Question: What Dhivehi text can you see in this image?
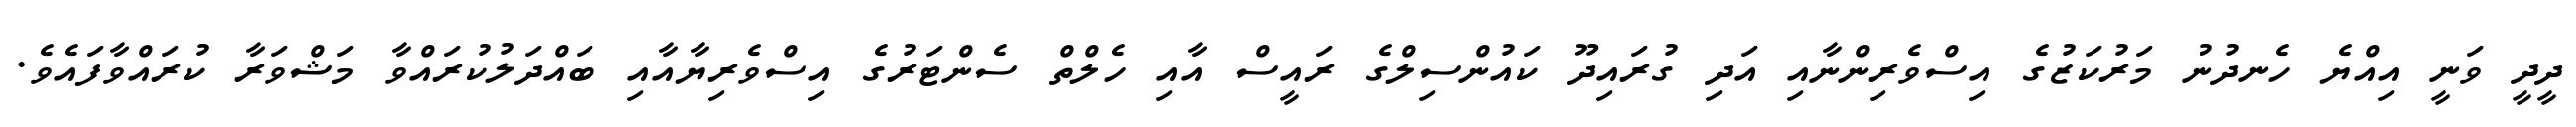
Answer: ދީދީ ވަނީ އިއްޔެ ހެނދުނު މަރުކަޒުގެ އިސްވެރިންނާއި އަދި ގުރައިދޫ ކައުންސިލްގެ ރައީސް އާއި ހެލްތް ސެންޓަރުގެ އިސްވެރިޔާއާއި ބައްދަލުކުރައްވާ މަޝްވަރާ ކުރައްވާފައެވެ.